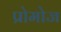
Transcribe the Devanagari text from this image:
प्रोमोज